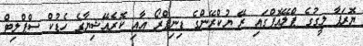
ޔޮރަޕާ ލީގުގެ ޕްލޭއޮފްގައި ރޭ ޔުކްރޭންގެ ޑިނިޕްރޯ އާއި ކޮރެއޭޝިޔާގެ ހެޑުކް ސްޕްލިޓް